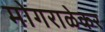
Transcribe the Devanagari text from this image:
मोगराळेकर